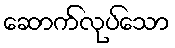
ဆောက်လုပ်သော